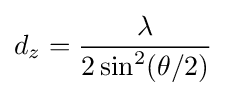
d_{z}={\frac {\lambda }{2\sin ^{2}(\theta /2)}}